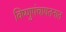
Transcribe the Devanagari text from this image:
विष्णुपंचायतनात